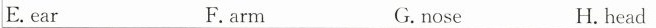
E.ear F.arm G.nose H. head